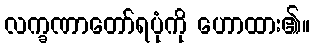
လက္ခဏာတော်ရပုံကို ဟောထား၏။